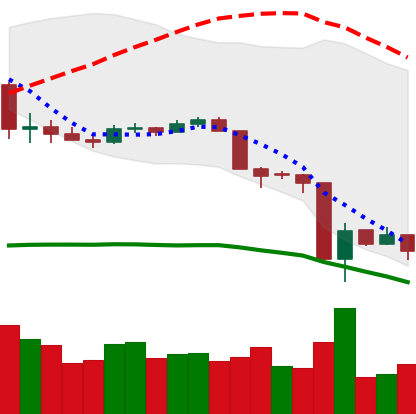
Ticker: LTC-USD
Chart end date: 2020-03-16
Forward return: 16.626%
Label: up_7plus